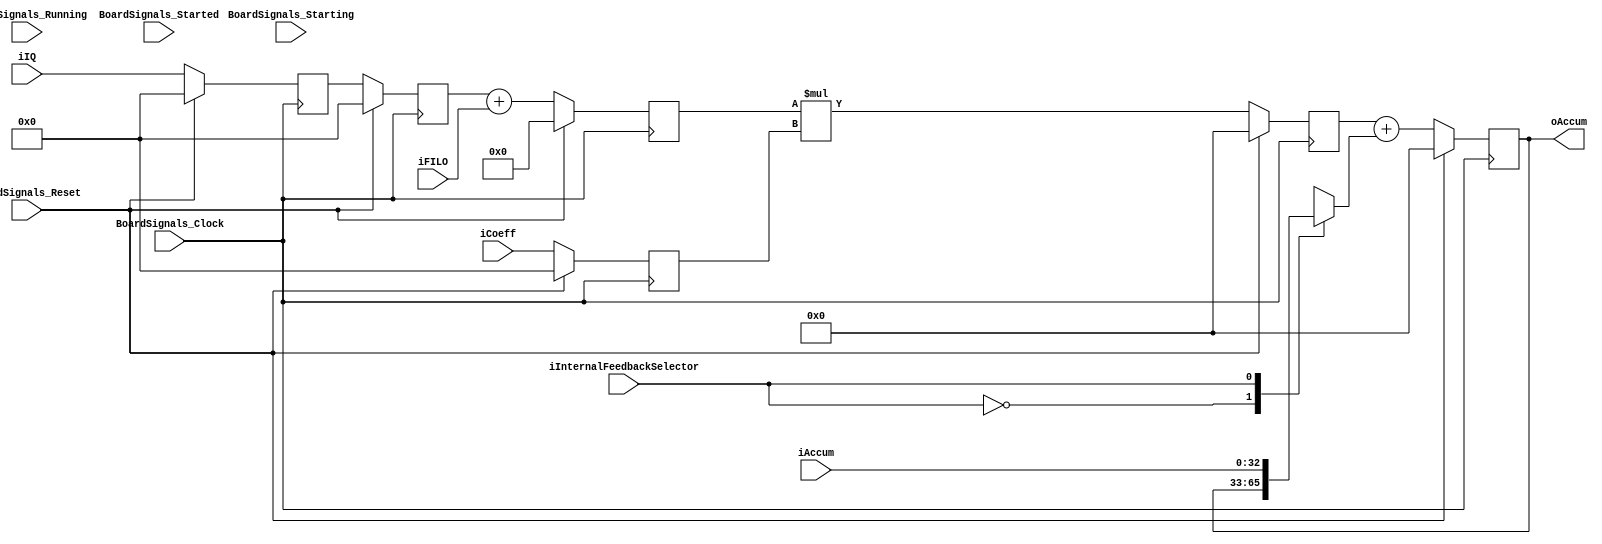
`timescale 1ns/1ps
`default_nettype none
// PLEASE READ THIS, IT MAY SAVE YOU SOME TIME AND MONEY, THANK YOU!
// * This file was generated by Quokka FPGA Toolkit.
// * Generated code is your property, do whatever you want with it
// * Place custom code between [BEGIN USER ***] and [END USER ***].
// * CAUTION: All code outside of [USER] scope is subject to regeneration.
// * Bad things happen sometimes in developer's life,
//   it is recommended to use source control management software (e.g. git, bzr etc) to keep your custom code safe'n'sound.
// * Internal structure of code is subject to change.
//   You can use some of signals in custom code, but most likely they will not exist in future (e.g. will get shorter or gone completely)
// * Please send your feedback, comments, improvement ideas etc. to evmuryshkin@gmail.com
// * Visit https://github.com/EvgenyMuryshkin/QuokkaEvaluation to access latest version of playground
//
// DISCLAIMER:
//   Code comes AS-IS, it is your responsibility to make sure it is working as expected
//   no responsibility will be taken for any loss or damage caused by use of Quokka toolkit.
//
// System configuration name is FIRModule4x16_TopLevel_stages3_dsp, clock frequency is 1Hz, Embedded
// FSM summary
// -- Packages
module FIRModule4x16_TopLevel_stages3_dsp
(
	// [BEGIN USER PORTS]
	// [END USER PORTS]
	input wire BoardSignals_Clock,
	input wire BoardSignals_Reset,
	input wire BoardSignals_Running,
	input wire BoardSignals_Starting,
	input wire BoardSignals_Started,
	input wire [15:0] iIQ,
	input wire [15:0] iFILO,
	input wire [15:0] iCoeff,
	input wire [32:0] iAccum,
	input wire iInternalFeedbackSelector,
	output wire [32:0] oAccum
);
	// [BEGIN USER SIGNALS]
	// [END USER SIGNALS]
	localparam HiSignal = 1'b1;
	localparam LoSignal = 1'b0;
	wire Zero = 1'b0;
	wire One = 1'b1;
	wire true = 1'b1;
	wire false = 1'b0;
	wire [2: 0] firParams_Order = 3'b100;
	wire [2: 0] firParams_DOSize = 3'b100;
	wire [4: 0] firParams_IQSize = 5'b10000;
	wire [4: 0] firParams_CoeffSize = 5'b10000;
	wire [4: 0] firParams_SumSize = 5'b10001;
	wire [5: 0] firParams_MultSize = 6'b100001;
	wire [5: 0] firParams_AccumSize = 6'b100001;
	wire [1: 0] firParams_CoeffRamAddrBits = 2'b10;
	wire [3: 0] firParams_DataRamAddrBits = 4'b1000;
	wire [15: 0] Inputs_iIQ;
	wire [15: 0] Inputs_iFILO;
	wire [15: 0] Inputs_iCoeff;
	wire [32: 0] Inputs_iAccum;
	wire Inputs_iInternalFeedbackSelector;
	reg [15: 0] NextState_IQ1;
	reg [15: 0] NextState_IQ2;
	reg [15: 0] NextState_coeff;
	reg [16: 0] NextState_sum;
	reg [32: 0] NextState_mult;
	reg [32: 0] NextState_accum;
	wire [32: 0] internalAccumInputData;
	wire [16: 0] FIRStageDSPModule_L66F9L76T10_FIRStageDSPModule_L72F29T81_Index;
	wire [32: 0] FIRStageDSPModule_L66F9L76T10_FIRStageDSPModule_L73F30T82_Index;
	wire [32: 0] FIRStageDSPModule_L66F9L76T10_FIRStageDSPModule_L75F31T96_Index;
	reg [15: 0] State_IQ1 = 16'b0000000000000000;
	wire [15: 0] State_IQ1Default = 16'b0000000000000000;
	reg [15: 0] State_IQ2 = 16'b0000000000000000;
	wire [15: 0] State_IQ2Default = 16'b0000000000000000;
	reg [15: 0] State_coeff = 16'b0000000000000000;
	wire [15: 0] State_coeffDefault = 16'b0000000000000000;
	reg [16: 0] State_sum = 17'b00000000000000000;
	wire [16: 0] State_sumDefault = 17'b00000000000000000;
	reg [32: 0] State_mult = 33'b000000000000000000000000000000000;
	wire [32: 0] State_multDefault = 33'b000000000000000000000000000000000;
	reg [32: 0] State_accum = 33'b000000000000000000000000000000000;
	wire [32: 0] State_accumDefault = 33'b000000000000000000000000000000000;
	wire [17: 0] FIRStageDSPModule_L66F9L76T10_FIRStageDSPModule_L72F30T54_Expr;
	wire signed [17: 0] FIRStageDSPModule_L66F9L76T10_FIRStageDSPModule_L72F30T54_Expr_1;
	wire signed [17: 0] FIRStageDSPModule_L66F9L76T10_FIRStageDSPModule_L72F30T54_Expr_2;
	wire [33: 0] FIRStageDSPModule_L66F9L76T10_FIRStageDSPModule_L73F31T54_Expr;
	wire signed [33: 0] FIRStageDSPModule_L66F9L76T10_FIRStageDSPModule_L73F31T54_Expr_1;
	wire signed [33: 0] FIRStageDSPModule_L66F9L76T10_FIRStageDSPModule_L73F31T54_Expr_2;
	wire [34: 0] FIRStageDSPModule_L66F9L76T10_FIRStageDSPModule_L75F32T67_Expr;
	wire signed [34: 0] FIRStageDSPModule_L66F9L76T10_FIRStageDSPModule_L75F32T67_Expr_1;
	wire signed [34: 0] FIRStageDSPModule_L66F9L76T10_FIRStageDSPModule_L75F32T67_Expr_2;
	reg [32: 0] FIRStageDSPModule_L59F13L61T30_Lookup;
	wire FIRStageDSPModule_L59F13L61T30_LookupMultiplexerAddress;
	wire [32: 0] FIRStageDSPModule_L59F13L61T30_Lookup1;
	wire [32: 0] FIRStageDSPModule_L59F13L61T30_Lookup2;
	always @ (posedge BoardSignals_Clock)
	begin
		if ((BoardSignals_Reset == 1))
		begin
			State_IQ1 <= State_IQ1Default;
			State_IQ2 <= State_IQ2Default;
			State_coeff <= State_coeffDefault;
			State_sum <= State_sumDefault;
			State_mult <= State_multDefault;
			State_accum <= State_accumDefault;
		end
		else
		begin
			State_IQ1 <= NextState_IQ1;
			State_IQ2 <= NextState_IQ2;
			State_coeff <= NextState_coeff;
			State_sum <= NextState_sum;
			State_mult <= NextState_mult;
			State_accum <= NextState_accum;
		end
	end
	assign FIRStageDSPModule_L66F9L76T10_FIRStageDSPModule_L72F30T54_Expr = FIRStageDSPModule_L66F9L76T10_FIRStageDSPModule_L72F30T54_Expr_1 + FIRStageDSPModule_L66F9L76T10_FIRStageDSPModule_L72F30T54_Expr_2;
	assign FIRStageDSPModule_L66F9L76T10_FIRStageDSPModule_L73F31T54_Expr = FIRStageDSPModule_L66F9L76T10_FIRStageDSPModule_L73F31T54_Expr_1 * FIRStageDSPModule_L66F9L76T10_FIRStageDSPModule_L73F31T54_Expr_2;
	assign FIRStageDSPModule_L66F9L76T10_FIRStageDSPModule_L75F32T67_Expr = FIRStageDSPModule_L66F9L76T10_FIRStageDSPModule_L75F32T67_Expr_1 + FIRStageDSPModule_L66F9L76T10_FIRStageDSPModule_L75F32T67_Expr_2;
	always @ (*)
	begin
		case (FIRStageDSPModule_L59F13L61T30_LookupMultiplexerAddress)
			'b0:
			begin
				FIRStageDSPModule_L59F13L61T30_Lookup = FIRStageDSPModule_L59F13L61T30_Lookup1;
			end
			'b1:
			begin
				FIRStageDSPModule_L59F13L61T30_Lookup = FIRStageDSPModule_L59F13L61T30_Lookup2;
			end
			default:
			begin
				FIRStageDSPModule_L59F13L61T30_Lookup = 'b000000000000000000000000000000000;
			end
		endcase
	end
	always @ (*)
	begin
		NextState_IQ1 = State_IQ1;
		NextState_IQ2 = State_IQ2;
		NextState_coeff = State_coeff;
		NextState_sum = State_sum;
		NextState_mult = State_mult;
		NextState_accum = State_accum;
		NextState_IQ1 = Inputs_iIQ;
		NextState_IQ2 = State_IQ1;
		NextState_coeff = Inputs_iCoeff;
		NextState_sum = FIRStageDSPModule_L66F9L76T10_FIRStageDSPModule_L72F29T81_Index;
		NextState_mult = FIRStageDSPModule_L66F9L76T10_FIRStageDSPModule_L73F30T82_Index;
		NextState_accum = FIRStageDSPModule_L66F9L76T10_FIRStageDSPModule_L75F31T96_Index;
	end
	assign FIRStageDSPModule_L66F9L76T10_FIRStageDSPModule_L72F30T54_Expr_1 = { {2{1'b0}}, State_IQ2 };
	assign FIRStageDSPModule_L66F9L76T10_FIRStageDSPModule_L72F30T54_Expr_2 = { {2{1'b0}}, Inputs_iFILO };
	assign FIRStageDSPModule_L66F9L76T10_FIRStageDSPModule_L73F31T54_Expr_1 = { {17{1'b0}}, State_sum };
	assign FIRStageDSPModule_L66F9L76T10_FIRStageDSPModule_L73F31T54_Expr_2 = { {18{1'b0}}, State_coeff };
	assign FIRStageDSPModule_L66F9L76T10_FIRStageDSPModule_L75F32T67_Expr_1 = { {2{1'b0}}, State_mult };
	assign FIRStageDSPModule_L66F9L76T10_FIRStageDSPModule_L75F32T67_Expr_2 = { {2{1'b0}}, internalAccumInputData };
	assign Inputs_iIQ = iIQ;
	assign Inputs_iFILO = iFILO;
	assign Inputs_iCoeff = iCoeff;
	assign Inputs_iAccum = iAccum;
	assign Inputs_iInternalFeedbackSelector = iInternalFeedbackSelector;
	assign internalAccumInputData = FIRStageDSPModule_L59F13L61T30_Lookup;
	assign FIRStageDSPModule_L66F9L76T10_FIRStageDSPModule_L72F29T81_Index = FIRStageDSPModule_L66F9L76T10_FIRStageDSPModule_L72F30T54_Expr[16:0];
	assign FIRStageDSPModule_L66F9L76T10_FIRStageDSPModule_L73F30T82_Index = FIRStageDSPModule_L66F9L76T10_FIRStageDSPModule_L73F31T54_Expr[32:0];
	assign FIRStageDSPModule_L66F9L76T10_FIRStageDSPModule_L75F31T96_Index = FIRStageDSPModule_L66F9L76T10_FIRStageDSPModule_L75F32T67_Expr[32:0];
	assign oAccum = State_accum;
	assign FIRStageDSPModule_L59F13L61T30_Lookup1 = State_accum;
	assign FIRStageDSPModule_L59F13L61T30_Lookup2 = Inputs_iAccum;
	assign FIRStageDSPModule_L59F13L61T30_LookupMultiplexerAddress = Inputs_iInternalFeedbackSelector;
	// [BEGIN USER ARCHITECTURE]
	// [END USER ARCHITECTURE]
endmodule